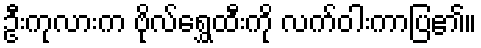
ဦးကုလားက ဗိုလ်ရွှေထီးကို လက်ဝါးကာပြ၏။